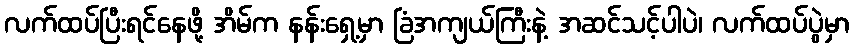
လက်ထပ်ပြီးရင်နေဖို့ အိမ်က နန်းရှေ့မှာ ခြံအကျယ်ကြီးနဲ့ အဆင်သင့်ပါပဲ၊ လက်ထပ်ပွဲမှာ